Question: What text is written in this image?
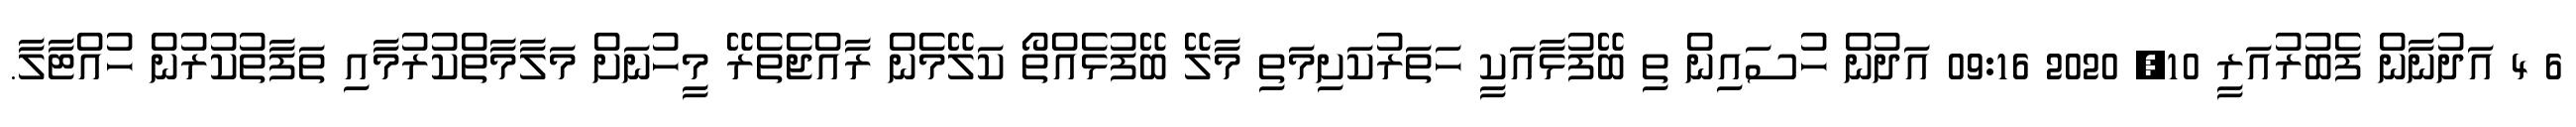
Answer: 6 4 އަދުނާން ފެބުރުއަރީ 10, 2020 09:16 އަދުން ހުސައިން ތި ބޭފުޅާއަކީ ހަތަރުކަށިމަތި މާލޭ ބޭފުޅެއްތޯ ކަލޭމެން ރާއްޖެތެރޭ މީހުނަށް މަލާމާތްކުރުމާއި ތަފާތުކުރުން ހުއްޓާލާ.